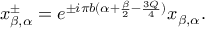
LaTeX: x _ { \beta , \alpha } ^ { \pm } = e ^ { \pm i \pi b ( \alpha + \frac { \beta } { 2 } - \frac { 3 Q } { 4 } ) } x _ { \beta , \alpha } .